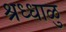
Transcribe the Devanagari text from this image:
श्रध्धाळु